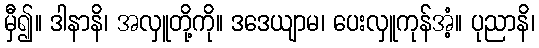
မှီ၍။ ဒါနာနိ၊ အလှူတို့ကို။ ဒဒေယျာမ၊ ပေးလှူကုန်အံ့။ ပုညာနိ၊